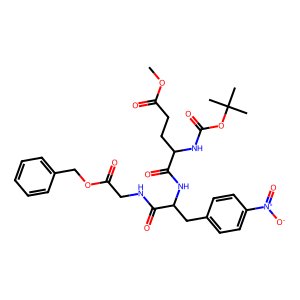
SMILES: COC(=O)CCC(NC(=O)OC(C)(C)C)C(=O)NC(Cc1ccc([N+](=O)[O-])cc1)C(=O)NCC(=O)OCc1ccccc1
Inhibits HIV replication: No